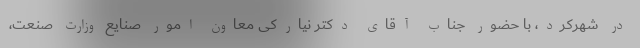
در شهرکرد، با حضور جناب آقای دکتر نیارکی معاون امور صنایع وزارت صنعت،